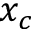
x _ { c }